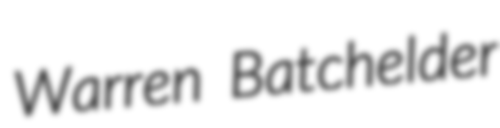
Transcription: Warren Batchelder